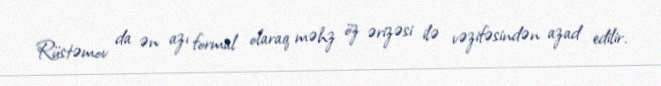
Rüstəmov da ən azı formal olaraq məhz öz ərizəsi ilə vəzifəsindən azad edilir.